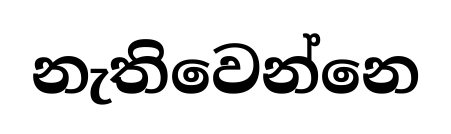
නැතිවෙන්නෙ